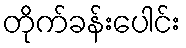
တိုက်ခန်းပေါင်း